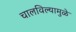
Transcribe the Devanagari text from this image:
चालविल्यामुळे